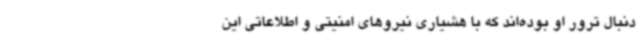
دنبال ترور او بوده‌اند که با هشیاری نیروهای امنیتی و اطلاعاتی این